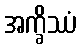
အက္ခိဿံ